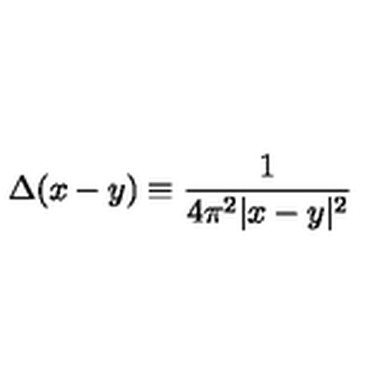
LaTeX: \Delta ( x - y ) \equiv { \frac { 1 } { 4 \pi ^ { 2 } | x - y | ^ { 2 } } }